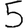
Digit: 5